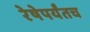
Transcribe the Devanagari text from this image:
रेषेपर्यंतच